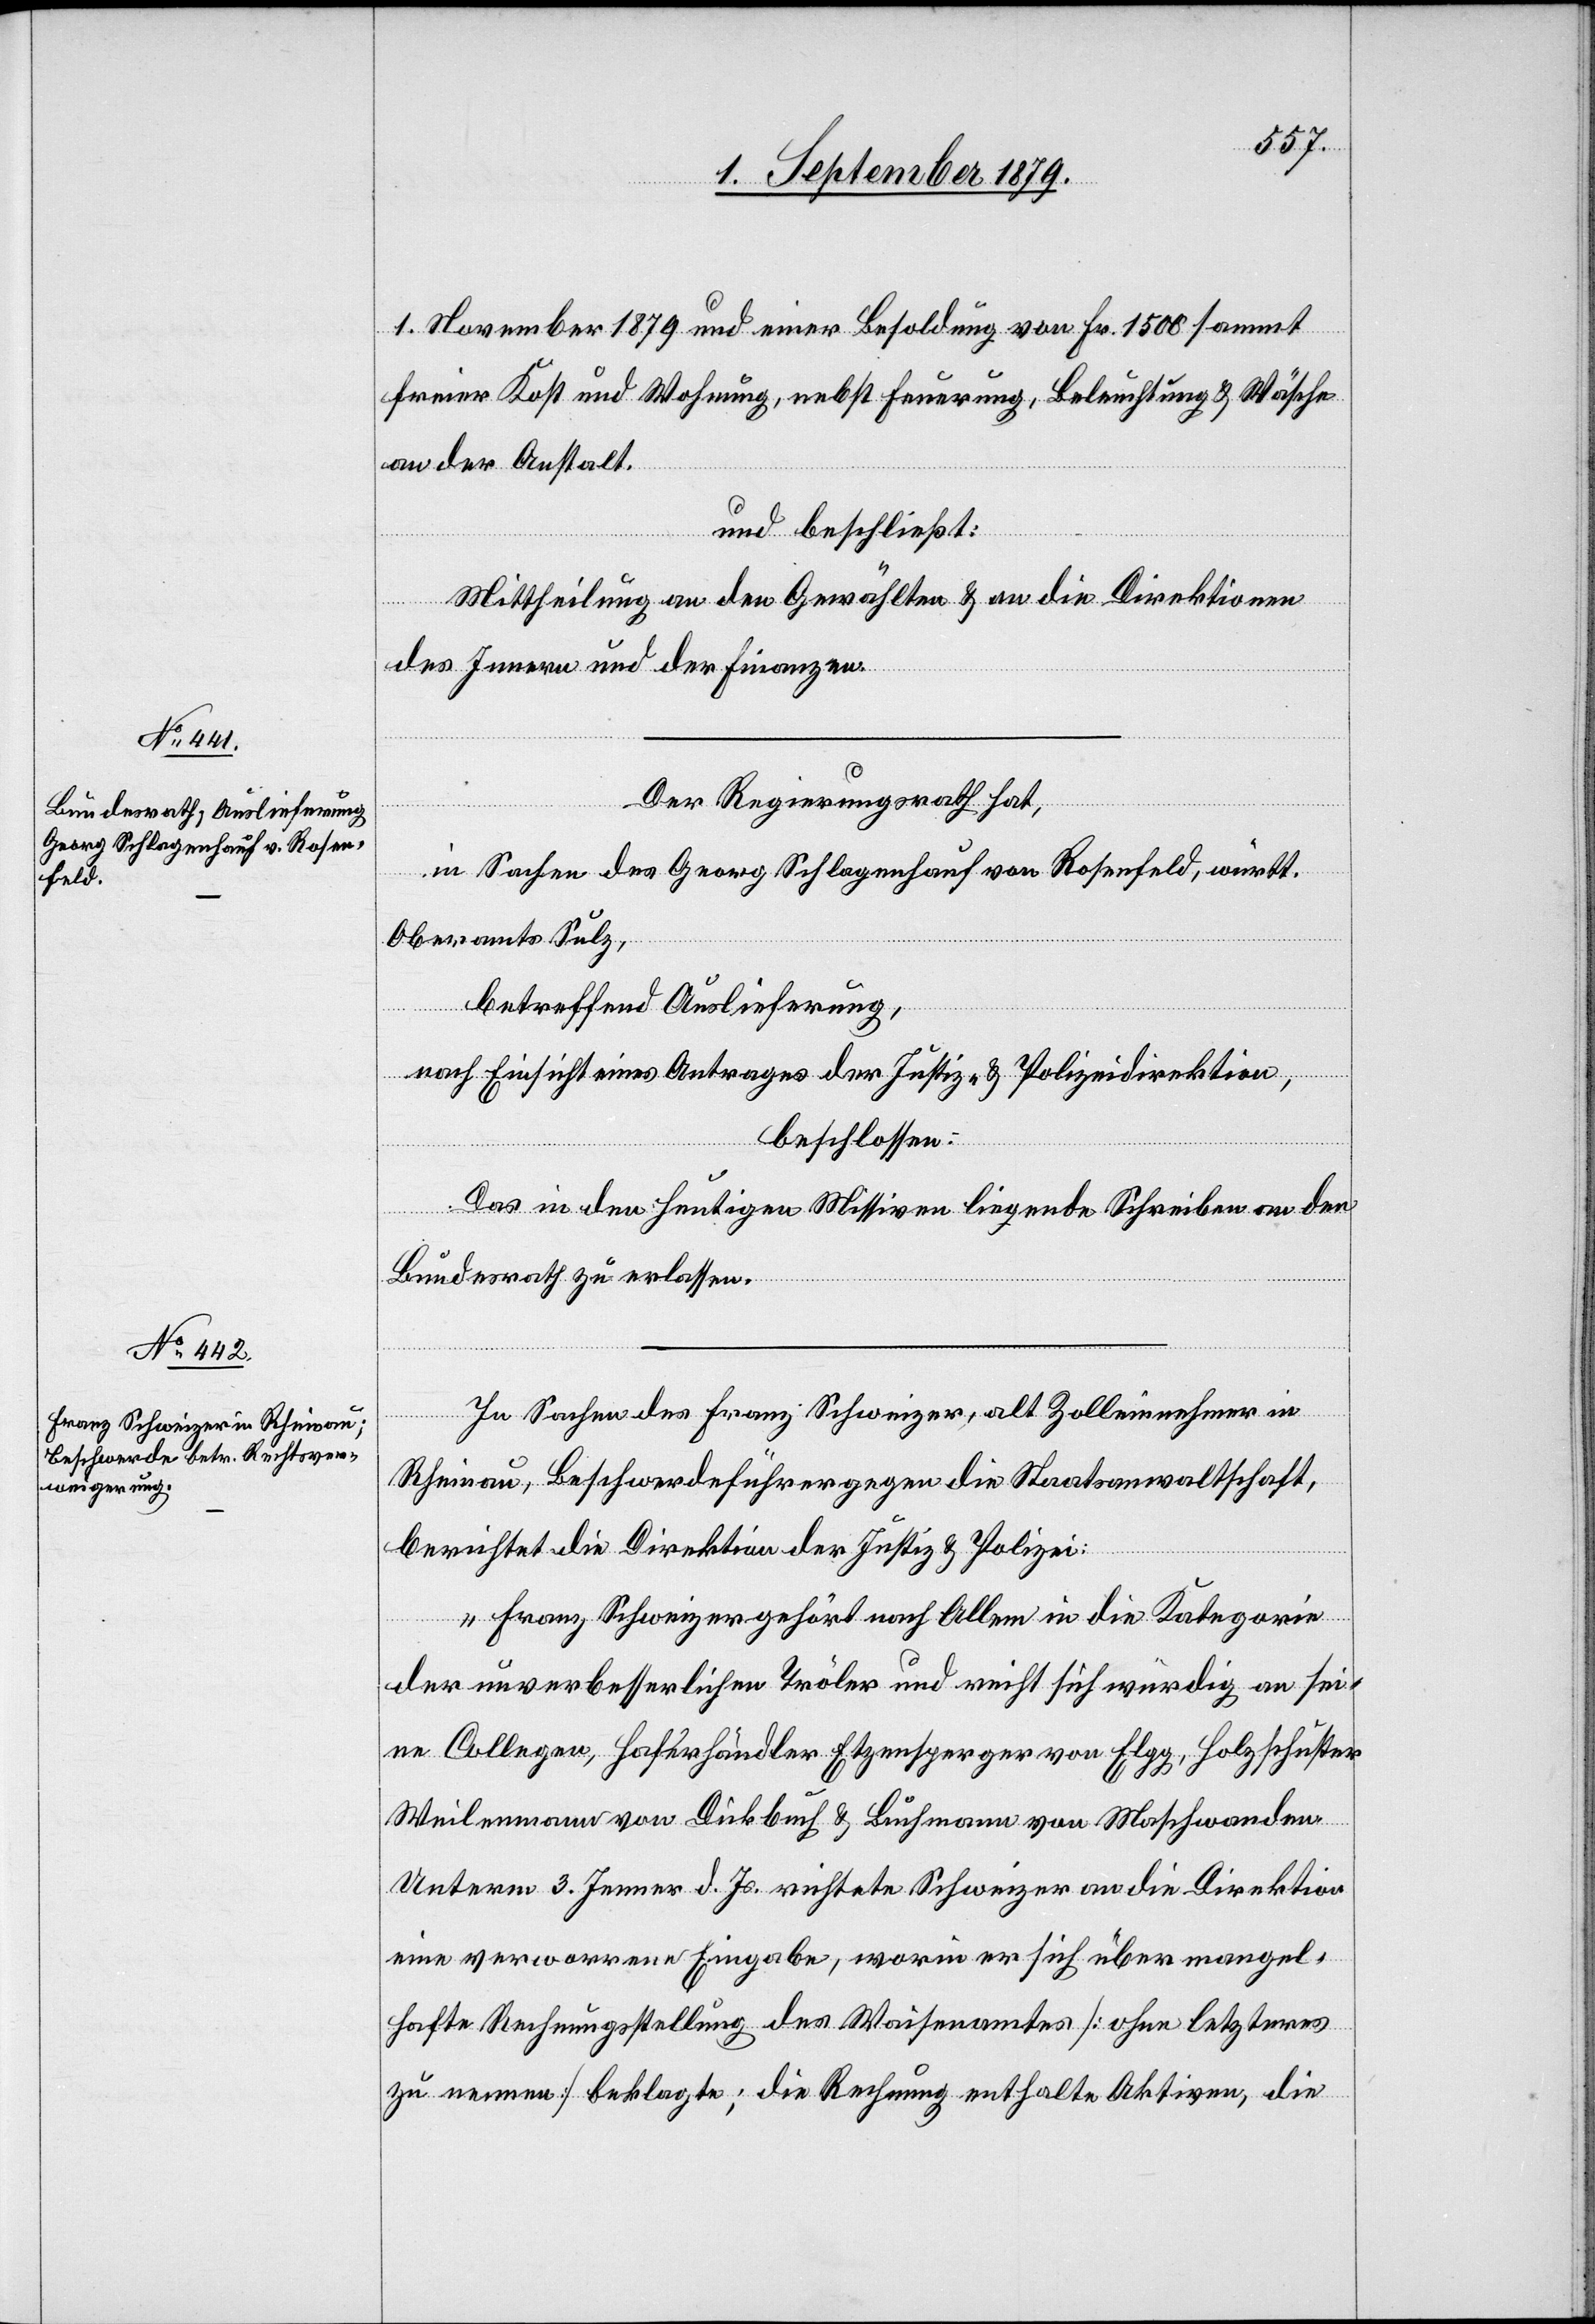
1. November 1879 und einer Besoldung von Fr. 1500 sammt
freier Kost und Wohnung, nebst Feuerung, Beleuchtung & Wäsche
an der Anstalt.
und beschließt:
Mittheilung an den Gewählten & an die Direktion
des Innern und der Finanzen.
Der Regierungsrath hat,
in Sachen des Georg Schlagenhauf von Rosenfeld, württ.
Oberamts Sulz,
betreffend Auslieferung,
nach Einsicht eines Antrages der Justiz- & Polizeidirektion,
beschlossen:
Das in den heutigen Missiven liegende Schreiben an den
Bundesrath zu erlassen.
In Sachen des Franz Schweizer, alt Zolleinnehmer in
Rheinau, Beschwerdeführer gegen die Staatsanwaltschaft,
berichtet die Direktion der Justiz & Polizei:
„Franz Schweizer gehört nach Allem in die Kategorie
der unverbesserlichen Tröler und reiht sich würdig an sei¬
ne Collegen, Haferhändler Etzensperger von Elgg, Holzschuster
Weilenmann von Dickbuch & Buhmann von Maschwanden.
Unterm 3. Jenner d. Js. richtete Schweizer an die Direktion
eine verworrene Eingabe, worin er sich über mangel¬
hafte Rechnungsstellung des Waisenamtes [ohne letzteres
zu nennen] beklagte; die Rechnung enthalte Aktiven, die